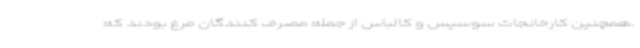
.همچنین کارخانجات سوسیس و کالباس از جمله مصرف کنندگان مرغ بودند که